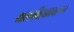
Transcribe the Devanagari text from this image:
मालकीहक्कावरून